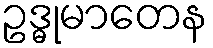
ဥဒ္ဓုမာတေန